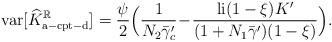
LaTeX: \begin{align*}\mathrm{var}[\widehat{K}_{\mathrm{a-cpt-d}}^\mathbb{R}]&=\frac{\psi}{2}\Big(\frac{1}{N_2\bar{\gamma}_c'}\!-\!\frac{\mathrm{li}(1-\xi)K'}{(1+N_1\bar{\gamma}')(1-\xi)}\Big).\end{align*}